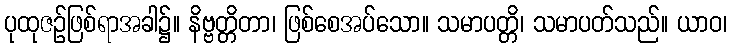
ပုထုဇဉ်ဖြစ်ရာအခါ၌။ နိဗ္ဗတ္တိတာ၊ ဖြစ်စေအပ်သော။ သမာပတ္တိ၊ သမာပတ်သည်။ ယာဝ၊